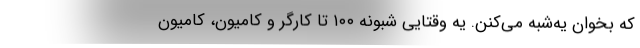
که بخوان یه‌شبه می‌کنن. یه وقتایی شبونه ۱۰۰ تا کارگر و کامیون، کامیون